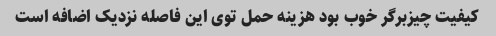
کیفیت چیزبرگر خوب بود هزینه حمل توی این فاصله نزدیک اضافه است